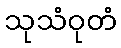
သုသံဝုတံ